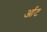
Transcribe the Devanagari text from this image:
र्आट